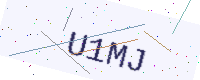
Text: U1MJ